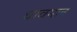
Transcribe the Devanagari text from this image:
धावमान